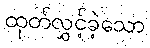
ထုတ်လွှင့်ခဲ့သော